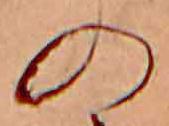
の